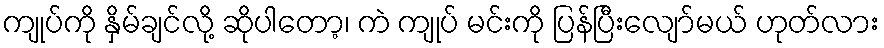
ကျုပ်ကို နှိမ်ချင်လို့ ဆိုပါတော့၊ ကဲ ကျုပ် မင်းကို ပြန်ပြီးလျော်မယ် ဟုတ်လား